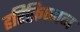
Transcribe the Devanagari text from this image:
हरिक्रिष्णन